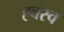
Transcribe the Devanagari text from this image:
ह्वस्व